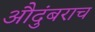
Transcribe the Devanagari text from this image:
औदुंबराच